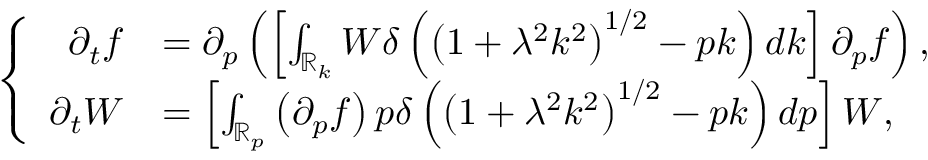
\left\{ \begin{array} { r l } { \partial _ { t } f } & { = \partial _ { p } \left( \left[ \int _ { \mathbb { R } _ { k } } W \delta \left( \left( 1 + \lambda ^ { 2 } k ^ { 2 } \right) ^ { 1 / 2 } - p k \right) d k \right] \partial _ { p } f \right) , } \\ { \partial _ { t } W } & { = \left[ \int _ { \mathbb { R } _ { p } } \left( \partial _ { p } f \right) p \delta \left( \left( 1 + \lambda ^ { 2 } k ^ { 2 } \right) ^ { 1 / 2 } - p k \right) d p \right] W , } \end{array} \right.